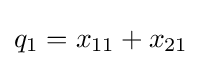
q_{1}=x_{11}+x_{21}